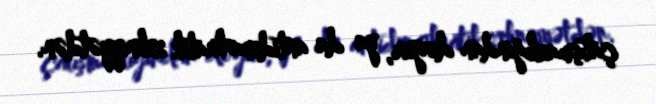
çatışmazlığından doğur, ya da antidemokratik zehniyyətdən.